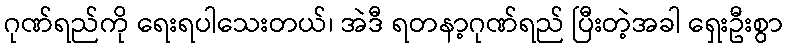
ဂုဏ်ရည်ကို ရေးရပါသေးတယ်၊ အဲဒီ ရတနာ့ဂုဏ်ရည် ပြီးတဲ့အခါ ရှေးဦးစွာ